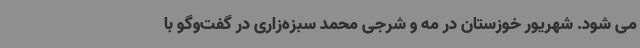
می شود. شهریور خوزستان در مه و شرجی محمد سبزه‌زاری در گفت‌وگو با